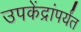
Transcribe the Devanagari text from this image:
उपकेंद्रांपर्यंत